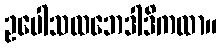
ဥပေါသထဘေဒါဒိကထာ။